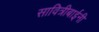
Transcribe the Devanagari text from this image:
सावित्रीबाईनी